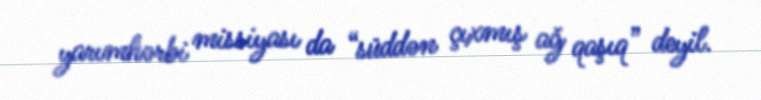
yarımhərbi missiyası da “süddən çıxmış ağ qaşıq” deyil.